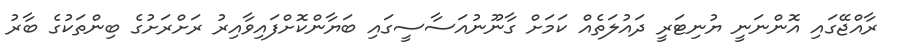
ރާއްޖޭގައި އޮންނަނީ ޔުނިޓަރީ ދައުލަތެއް ކަމަށް ގާނޫނުއަސާސީގައި ބަޔާންކޮށްފައިވާއިރު ރަށްރަށުގެ ބިންތަކުގެ ބާރު